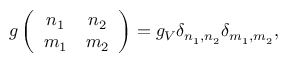
g \left( \begin{array} { c c } { { n _ { 1 } } } & { { n _ { 2 } } } \\ { { m _ { 1 } } } & { { m _ { 2 } } } \end{array} \right) = g _ { V } \delta _ { n _ { 1 } , n _ { 2 } } \delta _ { m _ { 1 } , m _ { 2 } } ,